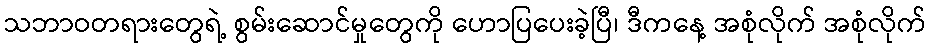
သဘာဝတရားတွေရဲ့ စွမ်းဆောင်မှုတွေကို ဟောပြပေးခဲ့ပြီ၊ ဒီကနေ့ အစုံလိုက် အစုံလိုက်